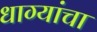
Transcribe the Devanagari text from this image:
धाग्यांचा